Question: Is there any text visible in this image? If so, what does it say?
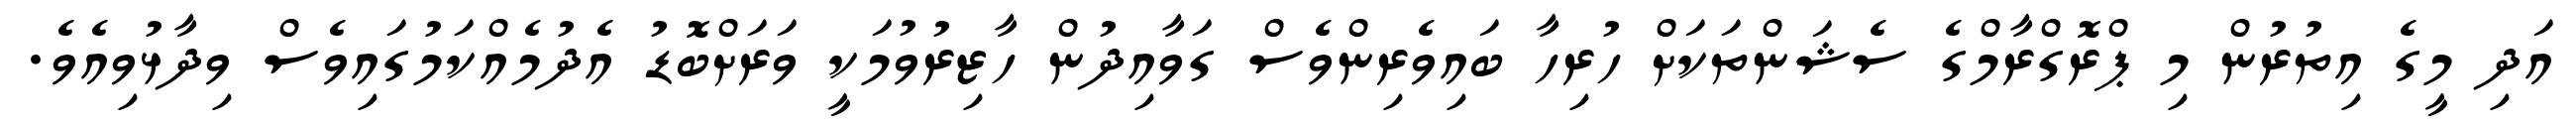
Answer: އަދި މީގެ އިތުރުން މި ޕްރޮގްރާމްގެ ސެޝަންތަކަށް ހުރިހާ ބައިވެރިންވެސް ގަވާއިދުން ހާޒިރުވުމަކީ ވަރަށްބޮޑު އެދުމެއްކަމުގައިވެސް ވިދާޅުވިއެވެ.